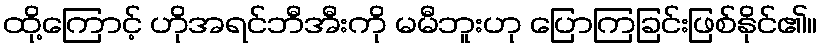
ထို့ကြောင့် ဟိုအရင်ဘီအီးကို မမီဘူးဟု ပြောကြခြင်းဖြစ်နိုင်၏။